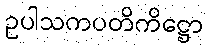
ဥပါသကပတိကိဋ္ဌော